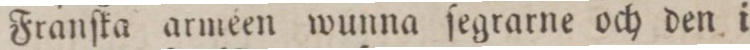
Franſka arméen wunna ſegrarne och den i